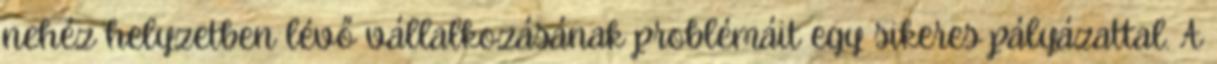
nehéz helyzetben lévő vállalkozásának problémáit egy sikeres pályázattal. A